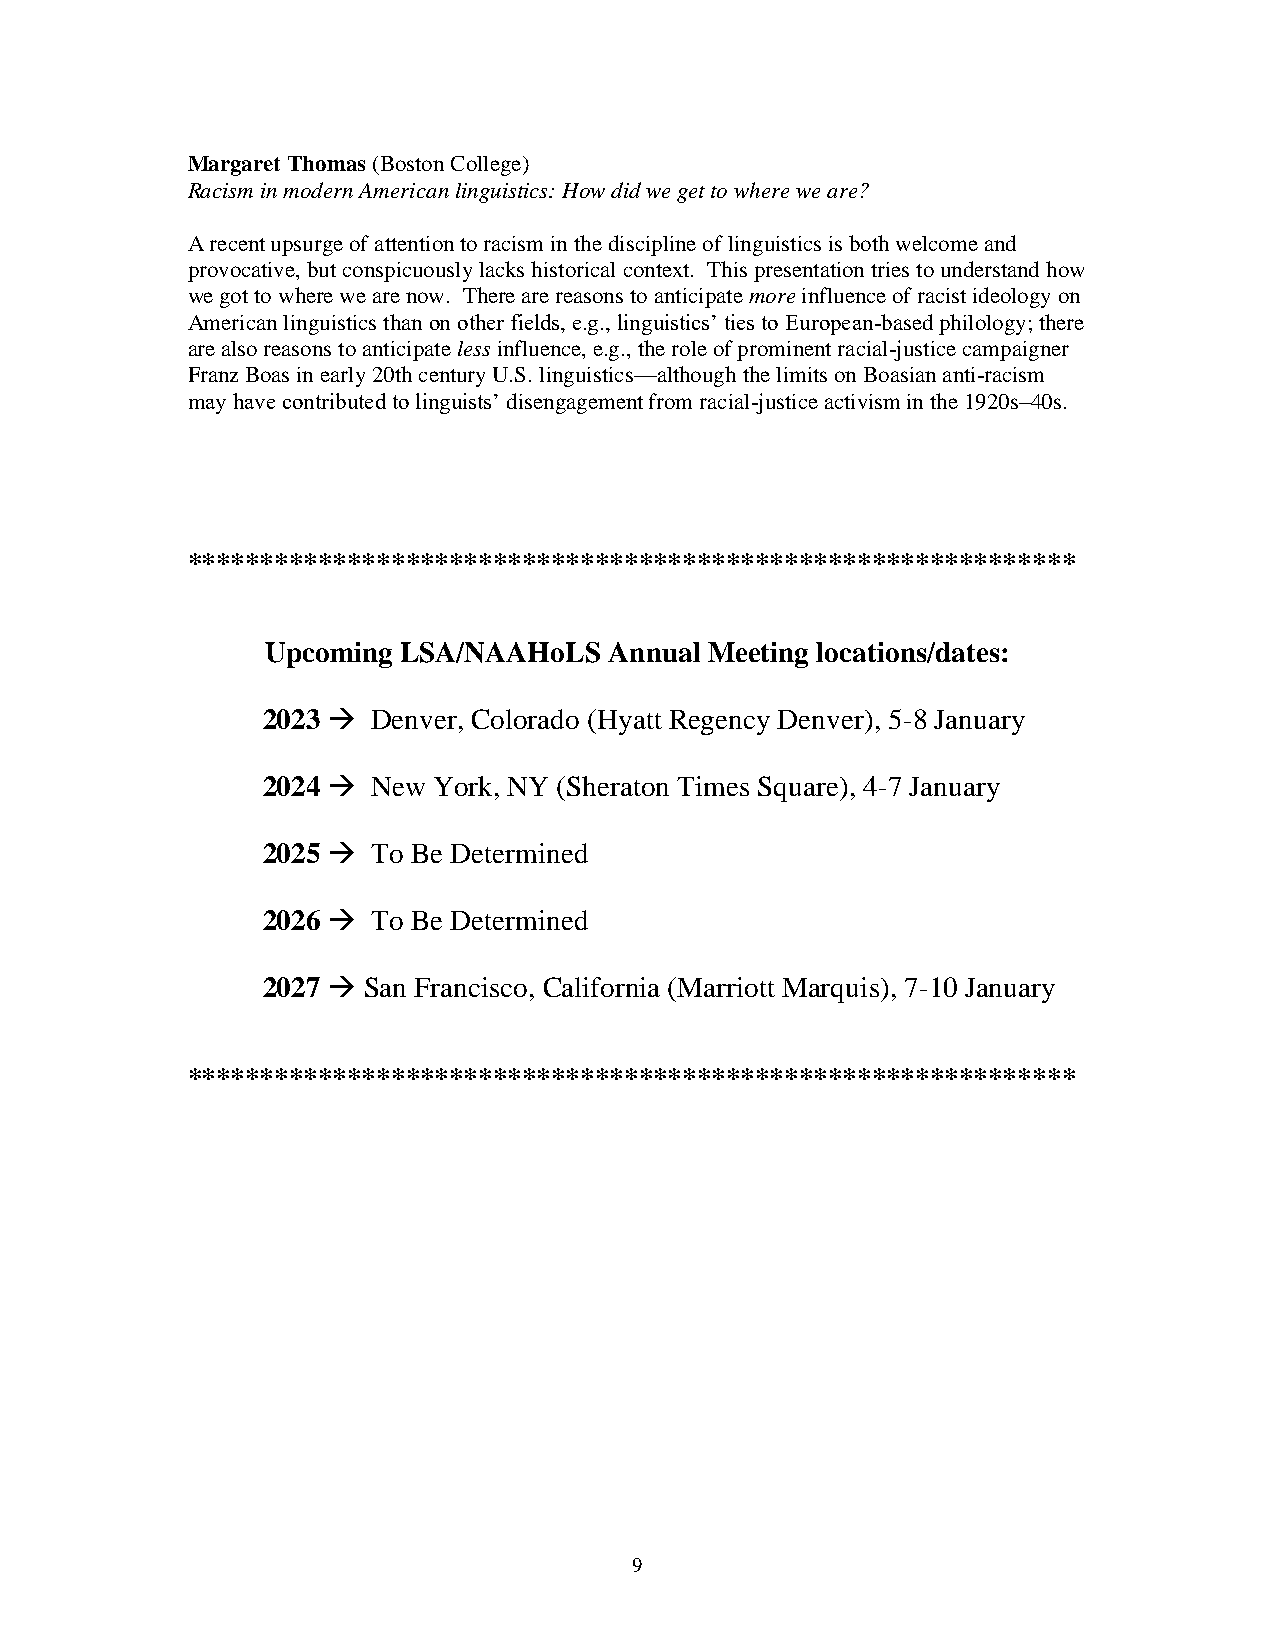
Margaret Thomas (Boston College)
 Racism in modern American linguistics: How did we get to where we are?
 A recent upsurge of attention to racism in the discipline of linguistics is both welcome and
 provocative, but conspicuously lacks historical context. This presentation tries to understand how
 we got to where we are now. There are reasons to anticipate more influence of racist ideology on
 American linguistics than on other fields, e.g., linguistics’ ties to European-based philology; there
 are also reasons to anticipate less influence, e.g., the role of prominent racial-justice campaigner
 Franz Boas in early 20th century U.S. linguistics—although the limits on Boasian anti-racism
 may have contributed to linguists’ disengagement from racial-justice activism in the 1920s–40s.
 *************************************************************
 Upcoming LSA/NAAHoLS  Annual Meeting locations/dates:
 2023 →  Denver, Colorado (Hyatt Regency Denver), 5-8 January
 2024 →  New York, NY (Sheraton Times Square), 4-7 January
 2025 →  To Be Determined
 2026 →  To Be Determined
 2027 → San Francisco, California (Marriott Marquis), 7-10 January
 *************************************************************
 9